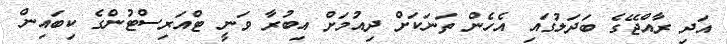
އަދި ރާއްޖޭގެ ބަދަލުގައި އެހެން ތަނަކަށް ދިއުމަށް އިބުރާ ވަނީ ޓްއަރިސްޓުންގެ ކިބައިން